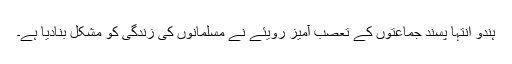
ہندو انتہا پسند جماعتوں کے تعصب آمیز رویئے نے مسلمانوں کی زندگی کو مشکل بنادیا ہے۔